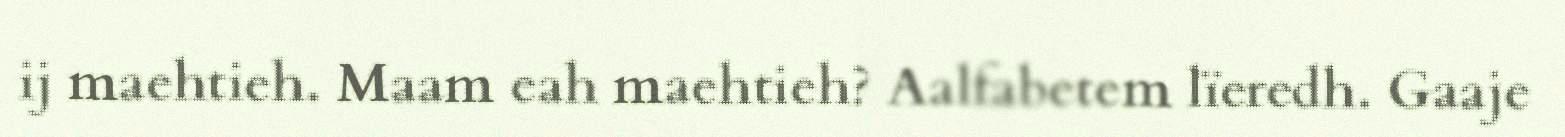
ij maehtieh. Maam eah maehtieh? Aalfabetem lïeredh. Gaaje